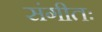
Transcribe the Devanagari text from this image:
संगीतः